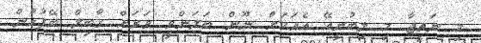
މި ނަތީޖާ މި ލިބުނީއޭ އެއަކަށް ނޫން ބަލަންވީ ވަރަށް ގާބިލް ބޭފުޅުން